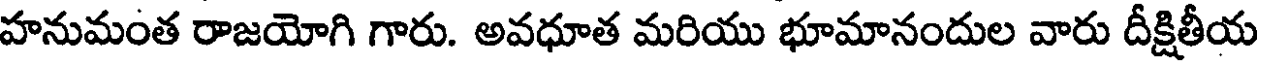
హనుమంత రాజయోగి గారు. అవధూత మరియు భూమానందుల వారు దీక్షితీయ